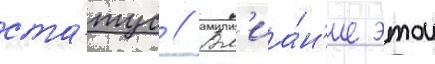
ста́тус // Вл'иа́н'ие этои